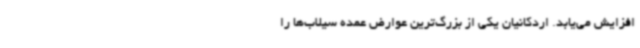
افزایش می‌یابد. اردکانیان یکی از بزرگ‌ترین عوارض عمده سیلاب‌ها را